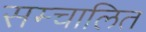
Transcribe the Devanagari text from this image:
सम्चालित